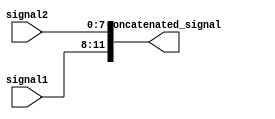
module Concatenation (
    input [3:0] signal1,
    input [7:0] signal2,
    output [11:0] concatenated_signal
);

assign concatenated_signal = {signal1, signal2};

endmodule